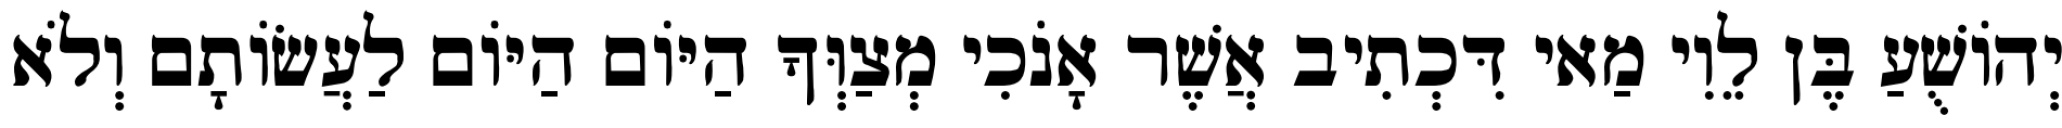
יְהוֹשֻׁעַ בֶּן לֵוִי מַאי דִּכְתִיב אֲשֶׁר אָנֹכִי מְצַוְּךָ הַיּוֹם הַיּוֹם לַעֲשׂוֹתָם וְלֹא